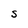
Character: S